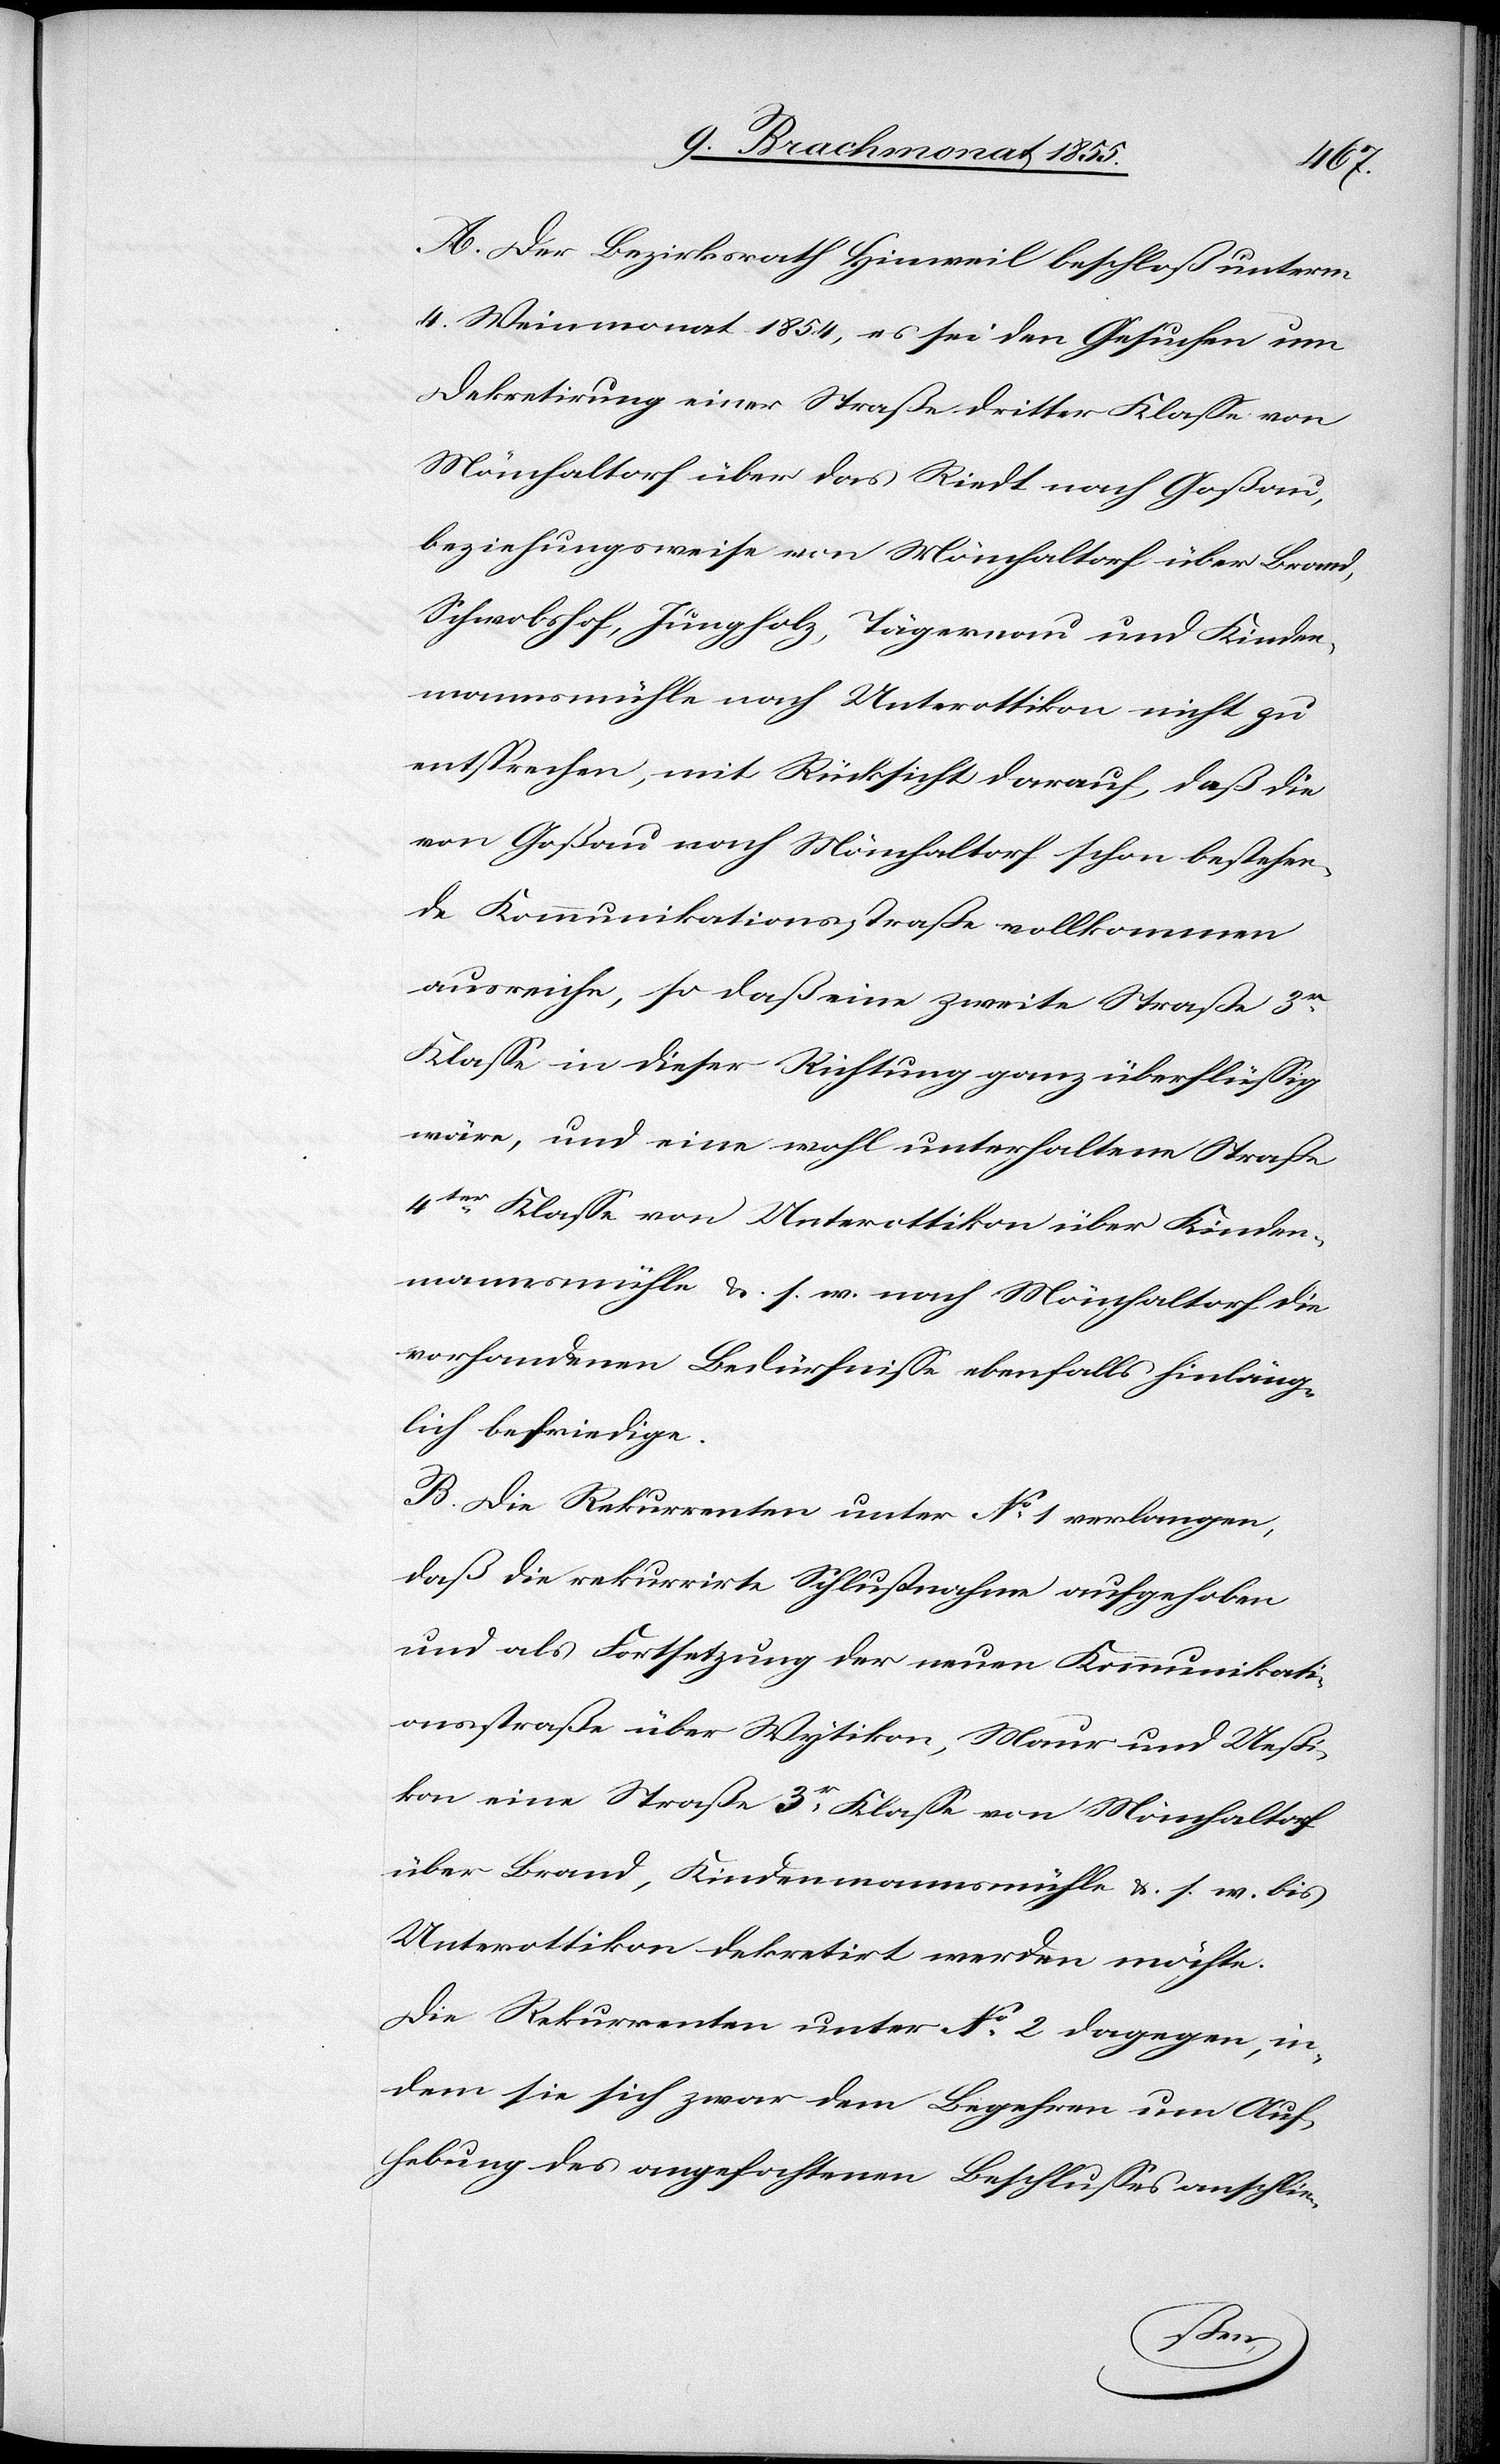
A. Der Bezirksrath Hinweil beschloß unterm
4. Weinmonat 1854, es sei den Gesuchen um
Dekretirung einer Straße dritter Klasse von
Mönchaltorf über das Riedt nach Goßau,
beziehungsweise von Mönchaltorf über Brand,
Schwobshof, Jungholz, Tägernau und Kinden¬
mannsmühle nach Unterottikon nicht zu
entsprechen, mit Rücksicht darauf, daß die
von Goßau nach Mönchaltorf schon bestehen¬
de Kommunikationsstraße vollkommen
ausreiche, so daß eine zweite Straße 3r
Klasse in dieser Richtung ganz überflüssig
wäre, und eine wohl unterhaltene Straße
4ter Klasse von Unterottikon über Kinden¬
mannsmühle &. s. w. nach Mönchaltorf die
vorhandenen Bedürfnisse ebenfalls hinläng¬
lich befriedige.
B. Die Rekurrenten unter No 1 verlangen,
daß die rekurrirte Schlußnahme aufgehoben
und als Fortsetzung der neuen Kommunikati¬
onsstraße über Wytikon, Maur und Ueßi¬
kon eine Straße 3r Klasse von Mönchaltorf
über Brand, Kindenmannsmühle &. s. w. bis
Unterottikon dekretirt werden möchte.
Die Rekurrenten unter No 2 dagegen, in¬
dem sie sich zwar dem Begehren um Auf¬
hebung des angefochtenen Beschlusses anschlie-